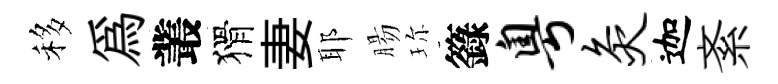
移爲叢猾妻耶腸珎籙粤灸迦紊